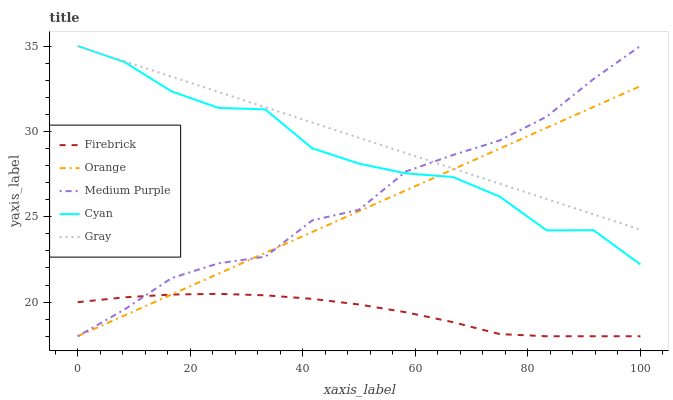
| xaxis_label | Firebrick | Orange | Medium Purple | Cyan | Gray |
 | --- | --- | --- | --- | --- | --- |
 | 0 | 20 | 18 | 18 | 35 | 35 |
 | 8.33 | 20.3 | 19.2 | 19.6 | 34.1 | 34.1 |
 | 16.7 | 20.4 | 20.4 | 21.4 | 32.3 | 33.2 |
 | 25 | 20.5 | 21.7 | 22.3 | 31.4 | 32.3 |
 | 33.3 | 20.4 | 22.9 | 22.7 | 31.3 | 31.4 |
 | 41.7 | 20.2 | 24.1 | 24.8 | 29 | 30.5 |
 | 50 | 19.9 | 25.3 | 25.4 | 28.1 | 29.6 |
 | 58.3 | 19.4 | 26.5 | 27.7 | 27.5 | 28.7 |
 | 66.7 | 18.8 | 27.8 | 28.6 | 27.3 | 27.8 |
 | 75 | 18.1 | 29 | 29.5 | 26.2 | 26.9 |
 | 83.3 | 18 | 30.2 | 30.9 | 24.2 | 26 |
 | 91.7 | 18 | 31.4 | 33.1 | 24.2 | 25.1 |
 | 100 | 18 | 32.7 | 35 | 22.2 | 24.2 |